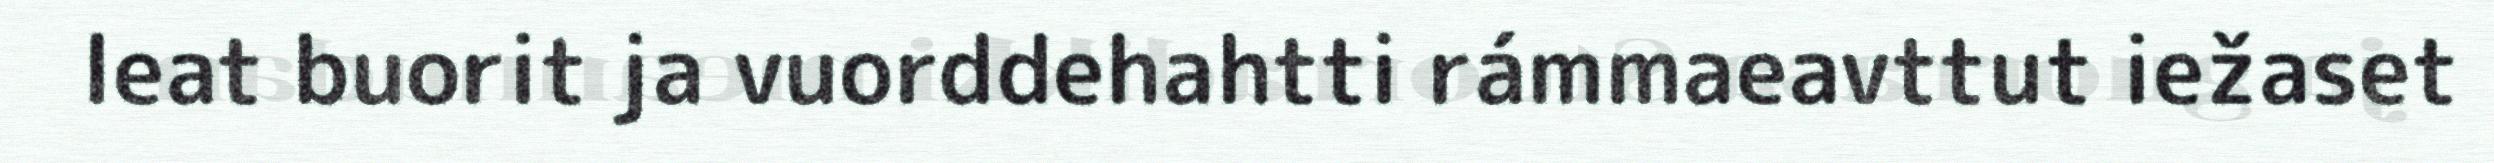
leat buorit ja vuorddehahtti rámmaeavttut iežaset